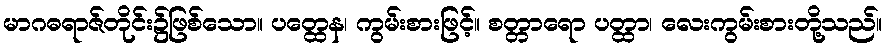
မာဂဓရာဇ်တိုင်း၌ဖြစ်သော။ ပတ္ထေန၊ ကွမ်းစားဖြင့်။ စတ္တာရော ပတ္ထာ၊ လေးကွမ်းစားတို့သည်။